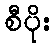
စီပိုး